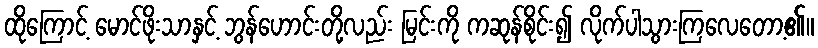
ထိုကြောင့် မောင်ဖိုးသာနှင့် ဘွန်ဟောင်းတို့လည်း မြင်းကို ကဆုန်စိုင်း၍ လိုက်ပါသွားကြလေတော့၏။